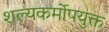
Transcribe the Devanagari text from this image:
शल्यकर्मोपयुक्त